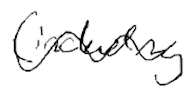
Text: (including
Cross-out: wave
Writing tool: digital_black